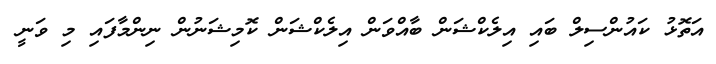
އަތޮޅު ކައުންސިލް ބައި އިލެކްޝަން ބާއްވަން އިލެކްޝަން ކޮމިޝަނުން ނިންމާފައި މި ވަނީ